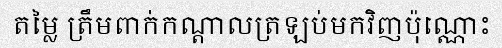
តម្លៃ ត្រឹមពាក់កណ្តាលត្រឡប់មកវិញប៉ុណ្ណោះ